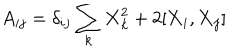
A _ { i j } = \delta _ { i j } \sum _ { k } { \bf X } _ { k } ^ { 2 } + 2 [ { \bf X } _ { i } , { \bf X } _ { j } ]